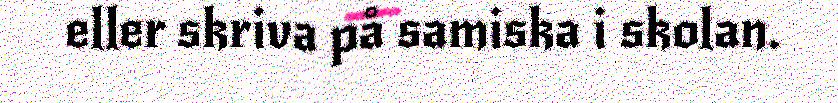
eller skriva på samiska i skolan.